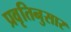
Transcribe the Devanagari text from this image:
प्रवृतिनुसार